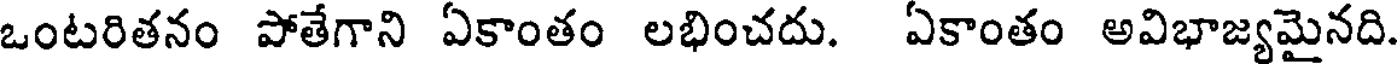
ఒంటరితనం పోతేగాని ఏకాంతం లభించదు. ఏకాంతం అవిభాజ్యమైనది.